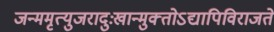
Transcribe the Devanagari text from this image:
जन्ममृत्युजरादुःखान्मुक्‍तोऽद्यापिविराजते